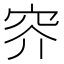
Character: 𱶱